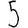
Digit: 5